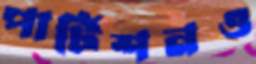
পার্টিশনও